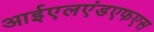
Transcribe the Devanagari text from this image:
आईएलएंडएफएस